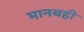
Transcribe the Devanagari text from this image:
मानवही